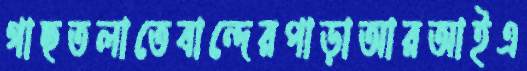
গাছতলাতেবান্দেরপাড়াআরআইএ